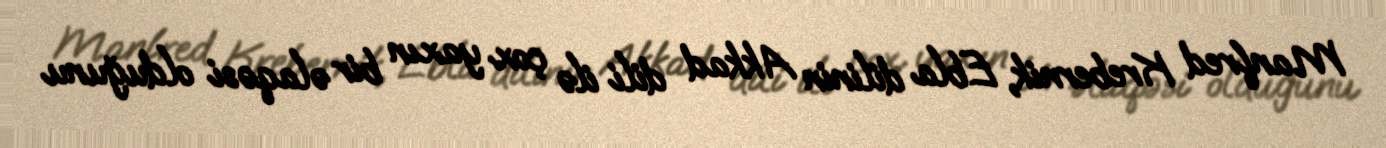
Manfred Krebernik, Ebla dilinin Akkad dili ilə çox yaxın bir əlaqəsi olduğunu